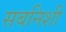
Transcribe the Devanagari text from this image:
सबनिशी